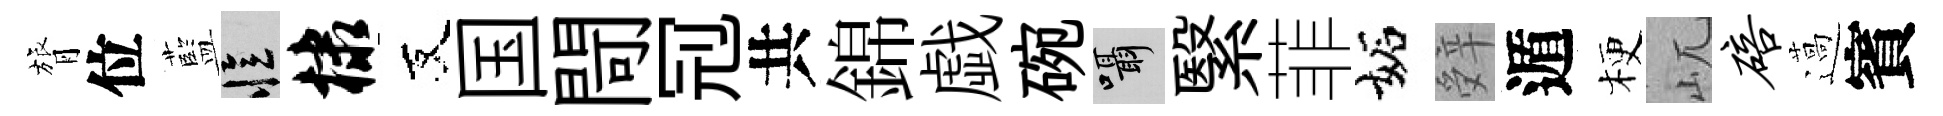
膂位藍忆棣友国閜𠜍共錦戯碗囁繄菲妬辤遁梗屼碚薖賓